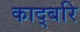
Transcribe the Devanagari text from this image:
काद्बरि